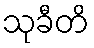
သုခီတိ